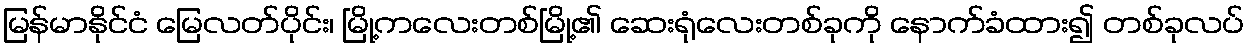
မြန်မာနိုင်ငံ မြေလတ်ပိုင်း၊ မြို့ကလေးတစ်မြို့၏ ဆေးရုံလေးတစ်ခုကို နောက်ခံထား၍ တစ်ခုလပ်